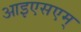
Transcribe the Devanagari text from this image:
आइएसएम्